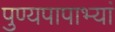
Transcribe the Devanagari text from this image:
पुण्यपापाभ्यां